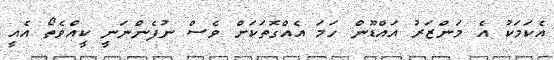
އެކަމަކު އެ މަންޒަރު އައްޑޫން ހަމަ އެއްގޮތަކަށް ވެސް ނުފެންނަނީ ކީއްވެތޯ އެއީ